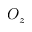
O _ { z }